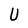
Character: U